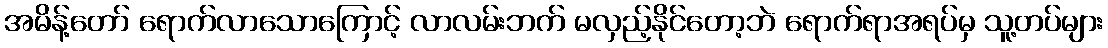
အမိန့်တော် ရောက်လာသောကြောင့် လာလမ်းဘက် မလှည့်နိုင်တော့ဘဲ ရောက်ရာအရပ်မှ သူ့တပ်များ